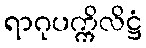
ရာဂုပက္ကိလိဋ္ဌံ